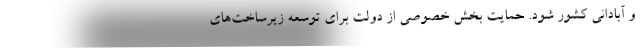
و آبادانی کشور شود. حمایت بخش خصوصی از دولت برای توسعه زیرساخت‌های